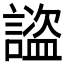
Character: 𧫺